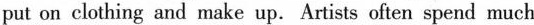
put on clothing and make up. Artists often spend much